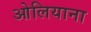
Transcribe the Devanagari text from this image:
ओलियाना